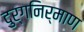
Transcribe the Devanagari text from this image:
दुर्गनिर्माण